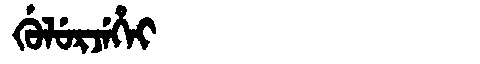
Manchu: ᡤᡠᠯᡠᡵᠵᡝᡥᡝᡳ
Romanization: GULURJEHEI